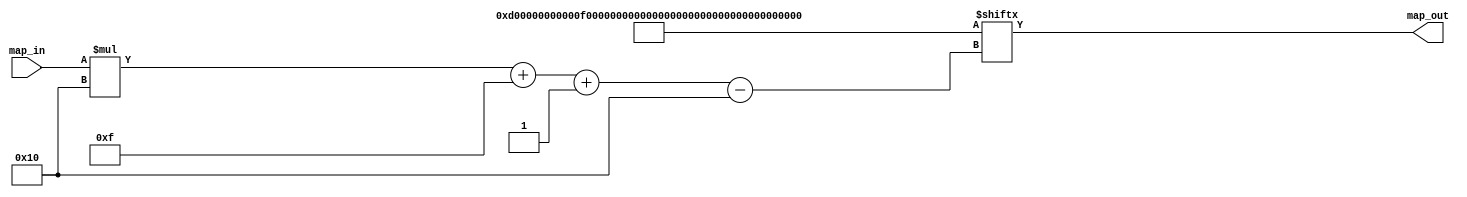
/*
   This file was generated automatically by Alchitry Labs version 1.2.1.
   Do not edit this file directly. Instead edit the original Lucid source.
   This is a temporary file and any changes made to it will be destroyed.
*/

/*
   Parameters:
     MAP = {16b0,16b0,16b0,16b1101,16b0,16b0,16b1111,16b1110,16b0,16b0101,16b0,16b0,16b0111,16b0110,16b0,16b0}
*/
module joystick_mapper_20 (
    input [3:0] map_in,
    output reg [15:0] map_out
  );
  
  localparam MAP = 256'h000000000000000d00000000000f000e00000005000000000007000600000000;
  
  
  always @* begin
    map_out = MAP[(map_in)*16+15-:16];
  end
endmodule